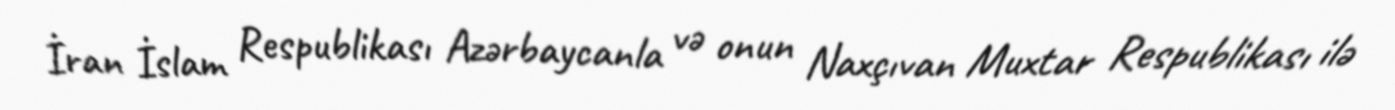
İran İslam Respublikası Azərbaycanla və onun Naxçıvan Muxtar Respublikası ilə